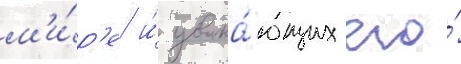
м'и́р'е и́ уважа́ющих его́